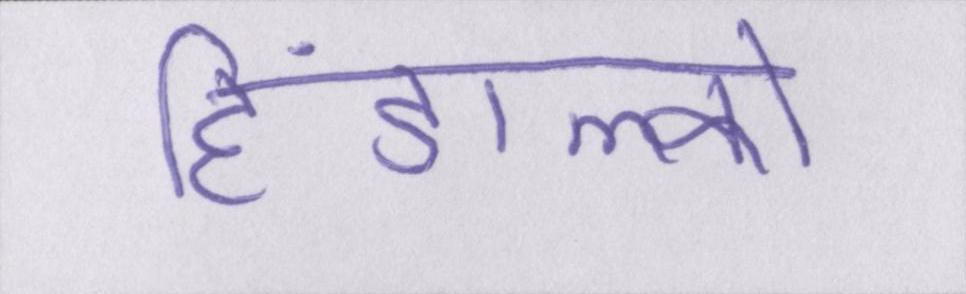
हिंडाल्को